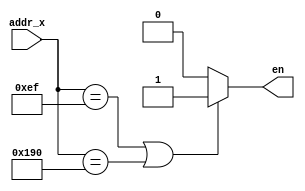
module border(
    input  [9:0] addr_x,
    output en
    );

    assign en = (addr_x == 239 || addr_x == 400) ? 1 : 0;

endmodule